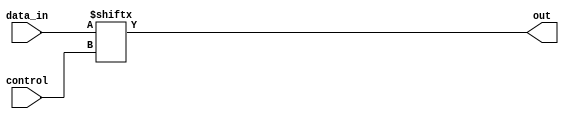
module multiplexer_1024to1 (
    input [1023:0] data_in,
    input [9:0] control,
    output reg out
);

always @(*) begin
    out = data_in[control];
end

endmodule